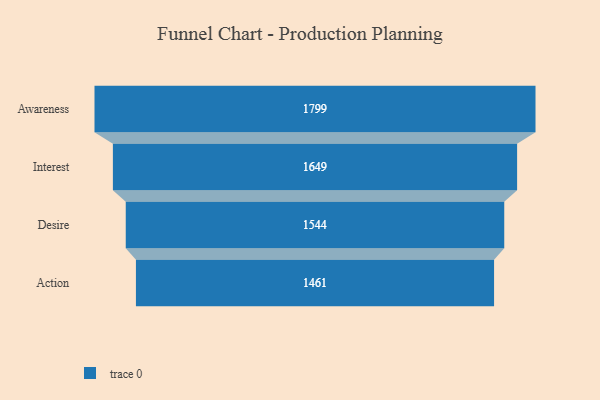
{"axis": {"x": "Stage", "y": "Value"}, "legend": [""], "data": [{"x": "Awareness", "y": 1799.0, "type": ""}, {"x": "Interest", "y": 1649.0, "type": ""}, {"x": "Desire", "y": 1544.0, "type": ""}, {"x": "Action", "y": 1461.0, "type": ""}]}